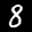
Label: 8